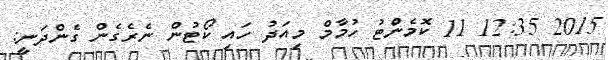
2015 12:35 11 ކޮމެންޓު ހުމާމް މިއަދު ހައި ކޯޓުން ނެރެގެން ގެންދަނީ: